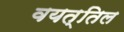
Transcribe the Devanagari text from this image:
वयत्तिल